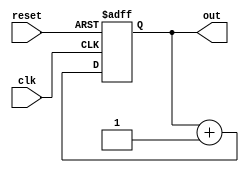
module my_module (
    input wire clk,
    input wire reset,
    output reg [7:0] out
);
    // Example behavior: simple counter
    always @(posedge clk or posedge reset) begin
        if (reset) begin
            out <= 8'b0;
        end else begin
            out <= out + 1;
        end
    end
endmodule